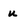
Character: u